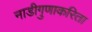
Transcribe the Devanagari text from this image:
नाडीगुणाकरिता